Medical and sanitary report on the native army of Bombay for the year
Year: 1877
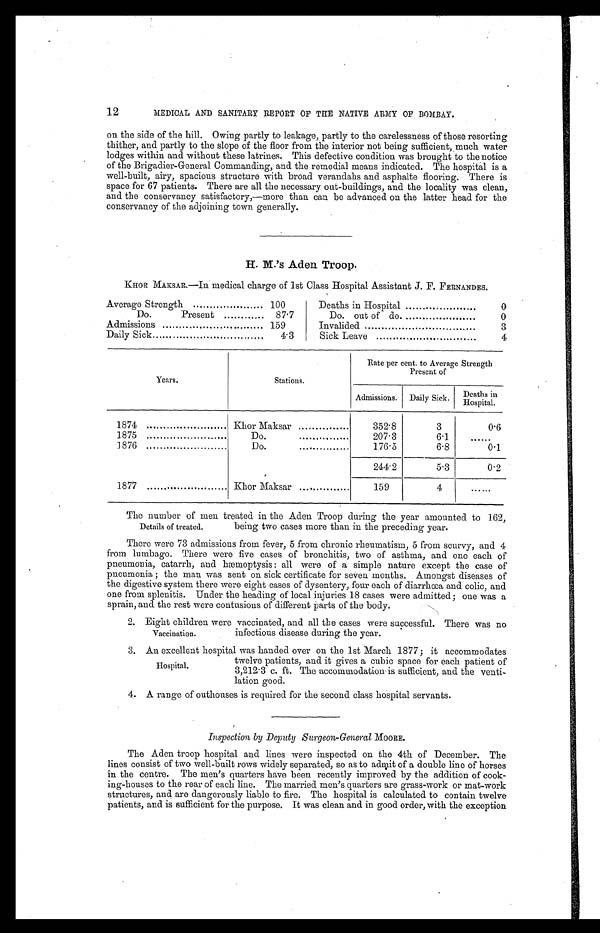
12
MEDICAL AND SANITARY REPORT OF THE NATIVE ARMY OF BOMBAY.
on the side of the hill. Owing partly to leakage, partly to the carelessness of those resorting
thither, and partly to the slope of the floor from the interior not being sufficient, much water
lodges within and without these latrines. This defective condition was brought to the notice
of the Brigadier-General Commanding, and the remedial means indicated. The hospital is a
well-built, airy, spacious structure with broad verandahs and asphalte flooring. There is
space for 67 patients. There are all the necessary out-buildings, and the locality was clean,
and the conservancy satisfactory,—more than can be advanced on the latter head for the
conservancy of the adjoining town generally.
H. M.'s Aden Troop.
KHOR MAKSAR.—In medical charge of 1st Class Hospital Assistant J. F. FERNANDES.
Average Strength
100
Deaths in Hospital
0
Do.
Present
87.7
Do. out of do.
0
Admissions
.
159
Invalided
3
Daily Sick
4.3
Sick Leave
4
Years.
Stations.
Rate per cent. to Average Strength
Present of
Admissions.
Daily Sick.
D e a t h s i n H o s p i t a l .
1874
Khor Maksar
352.8
3
0.6
1875
Do.
207.3
6.1
......
1876
Do.
176.5
6.8
0.1
244.2
5.3
0.2
1877
Khor Maksar
159
4
......
The number of men treated in the Aden Troop during the year amounted to 162,
being two cases more than in the preceding year.
There were 73 admissions from fever, 5 from chronic rheumatism, 5 from scurvy, and 4
from lumbago. There were five cases of bronchitis, two of asthma, and one each of
pneumonia, catarrh, and hæmoptysis : all were of a simple nature except the case of
pneumonia ; the man was sent on sick certificate for seven months. Amongst diseases of
the digestive system there were eight cases of dysentery, four each of diarrhœa and colic, and
one from splenitis. Under the heading of local injuries 18 cases were admitted; one was a
sprain. and the rest were contusions of different parts of the body.
2. Eight children were vaccinated, and all the cases were successful. There was no
infectious disease during the year.
3 . A n
e x c e l l e n t h o s p i t a l w a s h a n d e d o v e r o n t h e 1 s t M a r c h 1 8 7 7 ; i t a c c o m m o d a t e s
twelve patients, and it gives a cubic space for each patient of
3,212 . 3 c. ft. The accommodation is sufficient, and the venti-
lation good.
4. A range of outhouses is required for the second class hospital servants.
Inspection by Deputy Surgeon-General MOORE.
The Aden troop hospital and lines were inspected on the 4th of December. The
ines consist of two well-built rows widely separated, so as to admit of a double line of horses
in the centre. The men's quarters have been recently improved by the addition of cook-
i n g - h o u s e s t o t h e r e a r o f e a c h l i n e . T h e m a r r i e d m e n ' s q u a r t e r s a r e g r a s s - w o r k o r m a t - w o r k
structures, and are dangerously liable to fire. The hospital is calculated to contain twelve
p a t i e n t s , a n d i s s u f f i c i e n t f o r t h e p u r p o s e . I t w a s c l e a n a n d i n g o o d o r d e r , w i t h t h e e x c e p t i o n
Details of treated.
Vaccination.
Hospital.